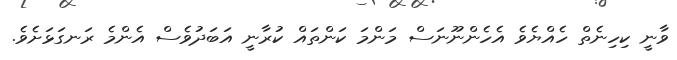
ވާނީ ކިހިނެތް ހެއްޔެވެ އެހެންނޫނަސް މަންމަ ކަންތައް ކުރާނީ އަބަދުވެސް އެންމެ ރަނގަޅަށެވެ.